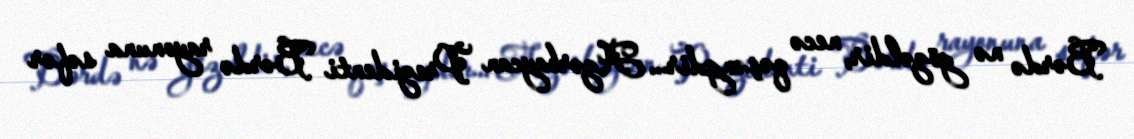
Bərdə nə gözəldir, necə qəşəngdir... Azərbaycan Prezidenti Bərdə rayonuna səfər